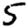
Digit: 5